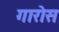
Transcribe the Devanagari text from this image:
गारोस